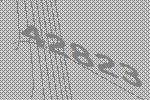
42823